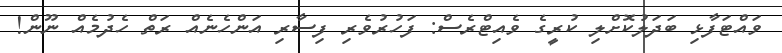
ވައްޓަފާޅި ބަދަލުކޮށްލި ކުރީގެ ވެއިޓްރެސް: ފަހުރުވެރި ފިސާރި އަންހެނެއް ރަތް ހެދުމެއް ނޫން!